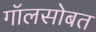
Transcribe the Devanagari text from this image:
गॉलसोबत